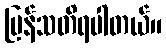
ပြန်သတိရပါတယ်။